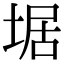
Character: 𡍄